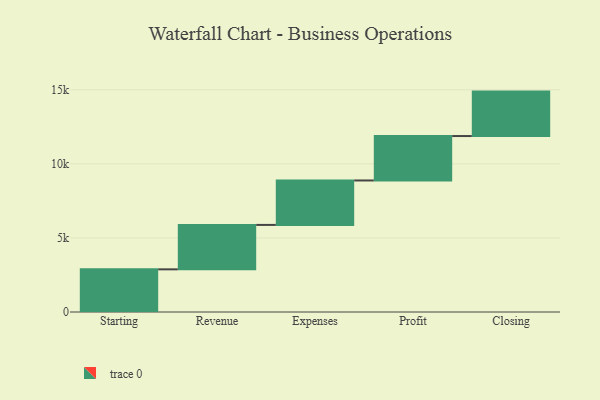
{"axis": {"x": "Step", "y": "Value"}, "legend": [""], "data": [{"x": "Starting", "y": 2880.0, "type": ""}, {"x": "Revenue", "y": 3000, "type": ""}, {"x": "Expenses", "y": 3000, "type": ""}, {"x": "Profit", "y": 3000, "type": ""}, {"x": "Closing", "y": 3000, "type": ""}]}